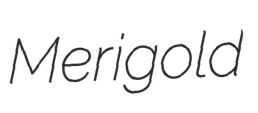
Merigold